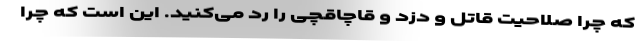
که چرا صلاحیت قاتل و دزد و قاچاقچی را رد می‌کنید. این است که چرا